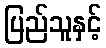
ပြည်သူနှင့်